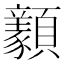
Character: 𩕺